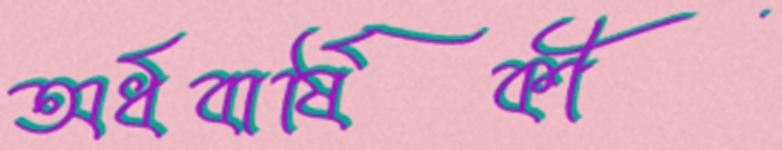
অর্ধবার্ষিকী